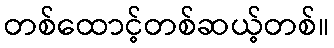
တစ်ထောင့်တစ်ဆယ့်တစ်။